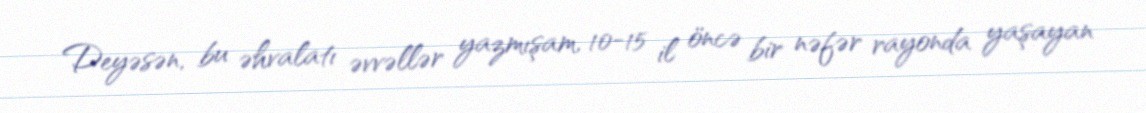
Deyəsən, bu əhvalatı əvvəllər yazmışam, 10-15 il öncə bir nəfər rayonda yaşayan